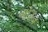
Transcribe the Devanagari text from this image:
मोरॅन